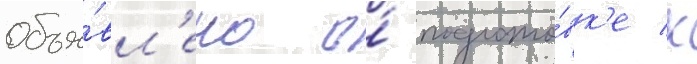
объя́вл'ено о́ подгото́вк'е к